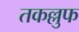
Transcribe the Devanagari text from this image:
तकल्लुफ